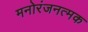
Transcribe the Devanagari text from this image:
मनोरंजनत्मक